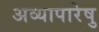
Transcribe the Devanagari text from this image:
अव्यापारेषु